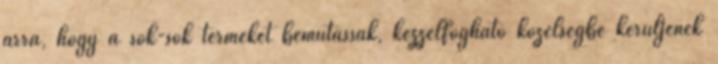
arra, hogy a sok-sok terméket bemutassák, kézzelfogható közelségbe kerüljenek